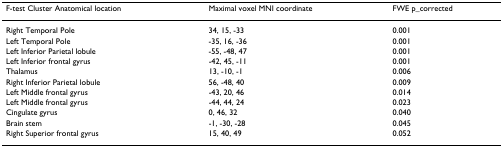
| F-test Cluster Anatomical location | Maximal voxel MNI coordinate | FWE p_corrected |
 | --- | --- | --- |
 | Right Temporal Pole | 34, 15, -33 | 0.001 |
 | Left Temporal Pole | -35, 16, -36 | 0.001 |
 | Left Inferior Parietal lobule | -55, -48, 47 | 0.001 |
 | Left Inferior frontal gyrus | -42, 45, -11 | 0.001 |
 | Thalamus | 13, -10, -1 | 0.006 |
 | Right Inferior Parietal lobule | 56, -48, 40 | 0.009 |
 | Left Middle frontal gyrus | -43, 20, 46 | 0.014 |
 | Left Middle frontal gyrus | -44, 44, 24 | 0.023 |
 | Cingulate gyrus | 0, 46, 32 | 0.040 |
 | Brain stem | -1, -30, -28 | 0.045 |
 | Right Superior frontal gyrus | 15, 40, 49 | 0.052 |